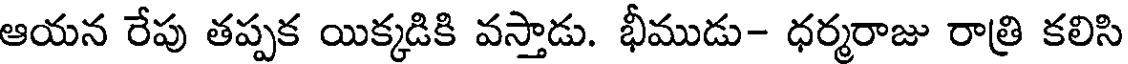
ఆయన రేపు తప్పక యిక్కడికి వస్తాడు. భీముడు- ధర్మరాజు రాత్రి కలిసి